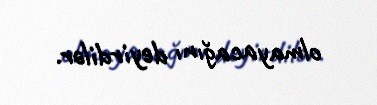
olmayacağını deyirdilər.